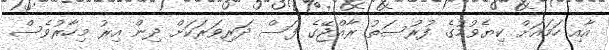
އާއި ހަމައަށް ކިޔެވުމުގެ ފުރުސަތު ރާއްޖޭގެ ފަސް ދަރިވަރަކަށް ދިން އިރު މިހާރުވެސް